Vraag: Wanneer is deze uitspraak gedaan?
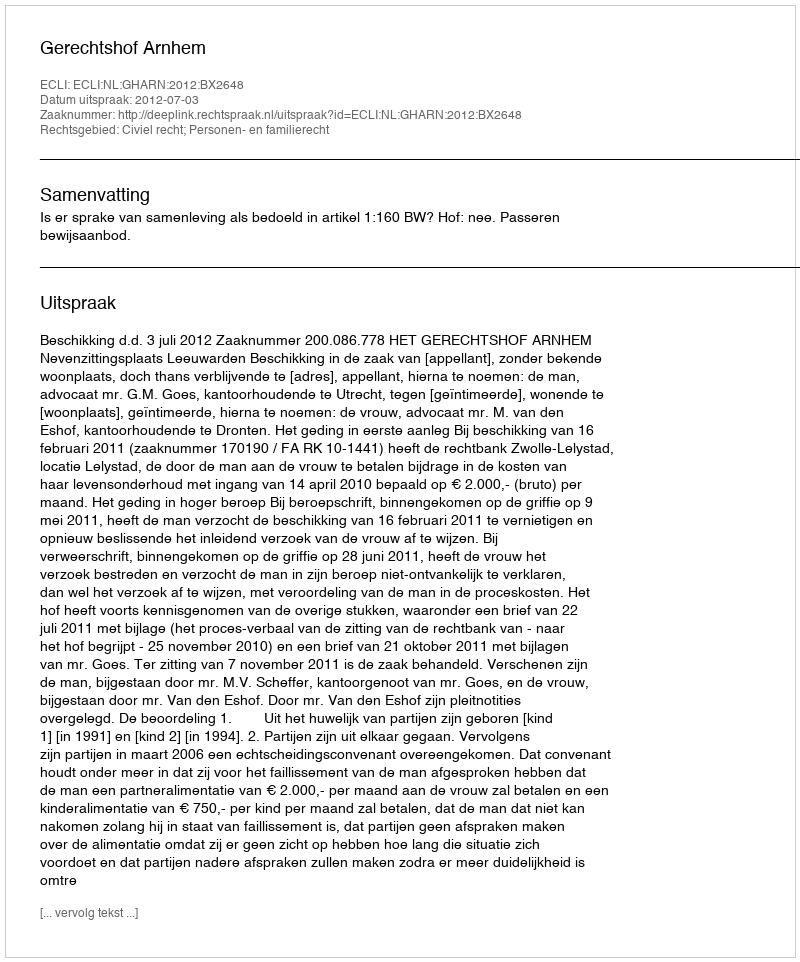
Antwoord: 2012-07-03